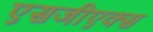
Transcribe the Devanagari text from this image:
एसजीएक्स